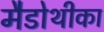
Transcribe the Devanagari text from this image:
मैडोथीका